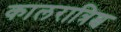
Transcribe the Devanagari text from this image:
कालरात्रिश्च